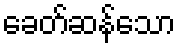
ခေတ်ဆန်သော